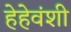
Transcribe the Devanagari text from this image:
हेहेवंशी